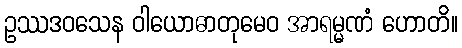
ဥဿဒဝသေန ဝါယောဓာတုမေဝ အာရမ္မဏံ ဟောတိ။